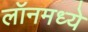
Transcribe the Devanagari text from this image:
लॉनमध्ये